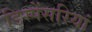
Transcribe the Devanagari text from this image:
डिस्पेंसरियां